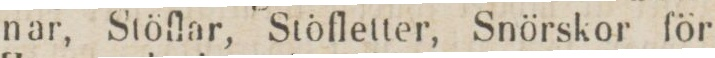
nar, Stöflar, Stöfletter, Snörskor för